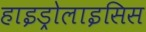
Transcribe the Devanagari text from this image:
हाइड्रोलाइसिस